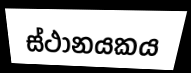
ස්ථානයකය